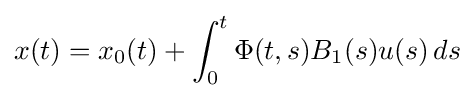
x(t)=x_{0}(t)+\int _{0}^{t}\Phi (t,s)B_{1}(s)u(s)\,ds